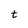
Character: t